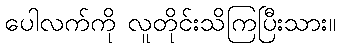
ပေါလက်ကို လူတိုင်းသိကြပြီးသား။